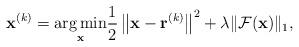
LaTeX: \begin{align*} \mathbf{x}^{(k)}=\underset{\mathbf{x}}{\arg \min } \frac{1}{2}\left\|\mathbf{x}-\mathbf{r}^{(k)}\right\|^{2}+\lambda\|\mathcal{F}(\mathbf{x})\|_{1},\end{align*}